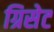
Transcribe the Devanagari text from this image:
ग्रिसेट